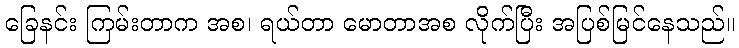
ခြေနင်း ကြမ်းတာက အစ၊ ရယ်တာ မောတာအစ လိုက်ပြီး အပြစ်မြင်နေသည်။